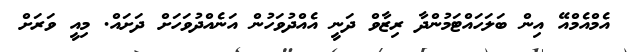
އެމްއެމްއޭ އިން ބަލަހައްޓަމުންދާ ރިޒާވް ދަނީ އެއްދުވަހުން އަނެއްދުވަހަށް ދަށައް. މިއީ ވަރަށް